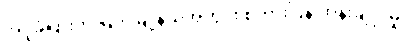
အပူခံပြားကို မြိတ်မြို့နယ်အတွင်း စကားပြန် ထိန်းချူပ်မှု